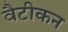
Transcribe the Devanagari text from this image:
वैटीकन